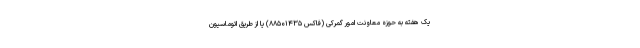
یک هفته به حوزه معاونت امور گمرکی (فاکس ۸۸۵۰۱۴۳۵) یا از طریق اتوماسیون